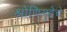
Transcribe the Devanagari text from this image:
श्रोणिगुहेचे